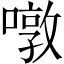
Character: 噋